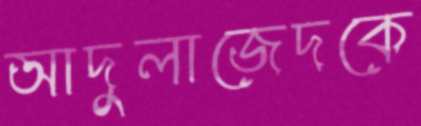
আদুলাজেদকে